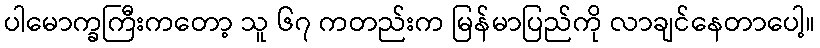
ပါမောက္ခကြီးကတော့ သူ ၆၇ ကတည်းက မြန်မာပြည်ကို လာချင်နေတာပေါ့။